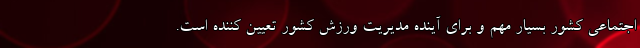
اجتماعی کشور بسیار مهم و برای آینده مدیریت ورزش کشور تعیین کننده است.